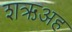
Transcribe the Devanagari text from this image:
शऋअह